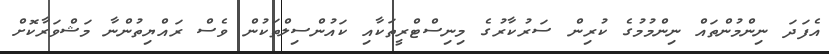
އެފަދަ ނިންމުންތައް ނިންމުމުގެ ކުރިން ސަރުކާރުގެ މިނިސްޓްރީތަކާއި ކައުންސިލްތަކުން ވެސް ރައްޔިތުންނާ މަޝްވަރާކޮށް